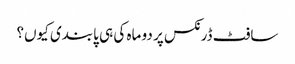
سافٹ ڈرنکس پر دو ماہ کی ہی پابندی کیوں؟